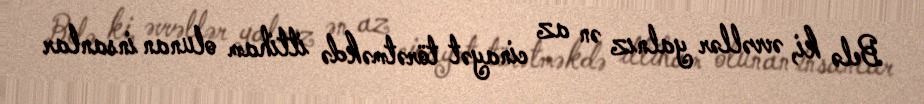
Belə ki, əvvəllər yalnız ən az cinayət törətməkdə ittiham olunan insanlar